Rangoon Lunatic Asylum 1878-1892 - 1878-1892
Year: 1878
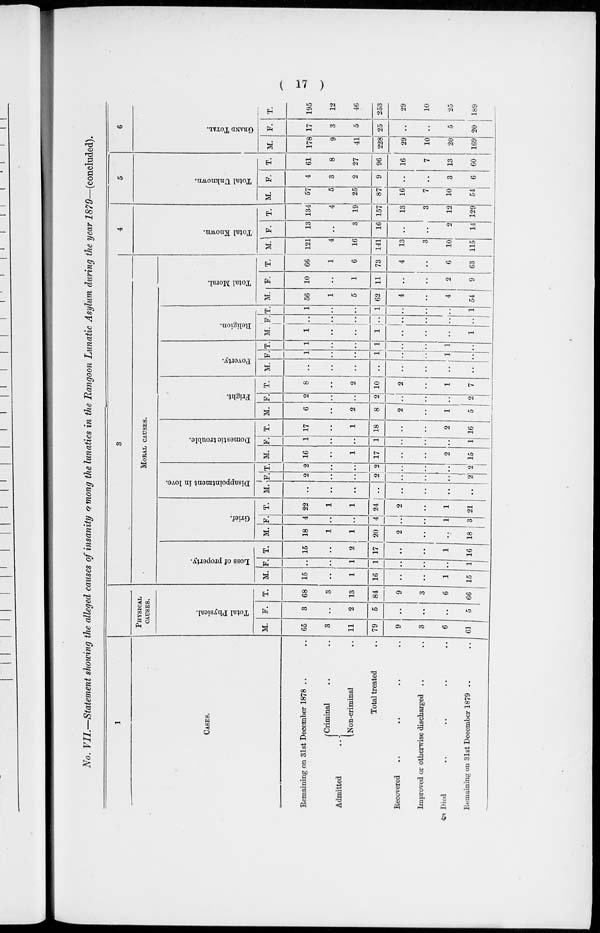
( 17 )
No. VII.—Statement showing the alleged causes of insanity among the lunatics in the Rangoon Lunatic Asylum during the year 1879—(concluded).
1
CASES.
Remaining on 31st December 1878 .. ..
Admitted ..
Criminal .. ..
Non-criminal .. ..
Total treated ..
Recovered .. .. .. ..
Improved or otherwise discharged ..
Died .. .. .. ..
Remaining on 31st December 1879 .. ..
2
PHYSICAL
CAUSES.
Total Physical.
M.
65
3
11
79
9
3
6
61
F.
3
..
2
5
..
..
..
5
T.
68
3
13
84
9
3
6
66
3
MORAL CAUSES.
Loss of property.
M.
15
..
1
16
..
..
1
15
F.
..
..
1
1
..
..
..
1
T.
15
..
2
17
..
..
1
16
Grief.
M.
18
1
1
20
2
..
..
18
F.
4
..
..
4
..
..
1
3
T.
22
1
1
24
2
..
1
21
Disappointment in love.
M.
..
..
..
..
..
..
..
..
F.
2
..
..
2
..
..
..
2
T.
2
..
..
2
..
..
..
2
Domestic trouble.
M.
16
..
1
17
..
..
2
15
F.
1
..
..
1
..
..
..
1
T.
17
..
1
18
..
..
2
16
Fright.
M.
6
..
2
8
2
..
1
5
F.
2
..
..
2
..
..
..
2
T.
8
..
2
10
2
..
1
7
Poverty.
M.
..
..
..
..
..
..
..
..
F.
1
..
..
1
..
..
1
..
T.
1
..
..
1
..
..
1
..
Religion.
M.
1
..
..
1
..
..
..
1
F.
..
..
..
..
..
..
..
..
T.
1
..
..
1
..
..
..
1
Total Moral.
M.
56
1
5
62
4
..
4
54
F.
10
..
1
11
..
..
2
9
T.
66
1
6
73
4
..
6
63
4
Total Known.
M.
121
4
16
141
13
3
10
115
F.
13
..
3
16
..
..
2
14
T.
134
4
19
157
13
3
12
129
5
Total Unknown.
M.
57
5
25
87
16
7
10
54
F.
4
3
2
9
..
..
3
6
T.
61
8
27
96
16
7
13
60
6
GRAND TOTAL.
M.
178
9
41
228
29
10
20
169
F.
17
3
5
25
..
..
5
20
T.
195
12
46
253
29
10
25
189
5